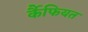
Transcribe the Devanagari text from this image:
र्कैफियत